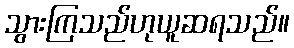
သွားကြသည်ဟုယူဆရသည်။